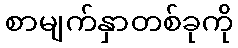
စာမျက်နှာတစ်ခုကို